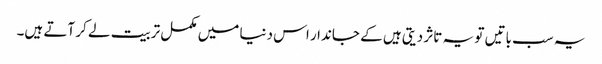
یہ سب باتیں تو یہ تاثر دیتی ہیں کے جاندار اس دنیا میں مکمل تربیت لے کر آتے ہیں۔